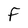
Character: F